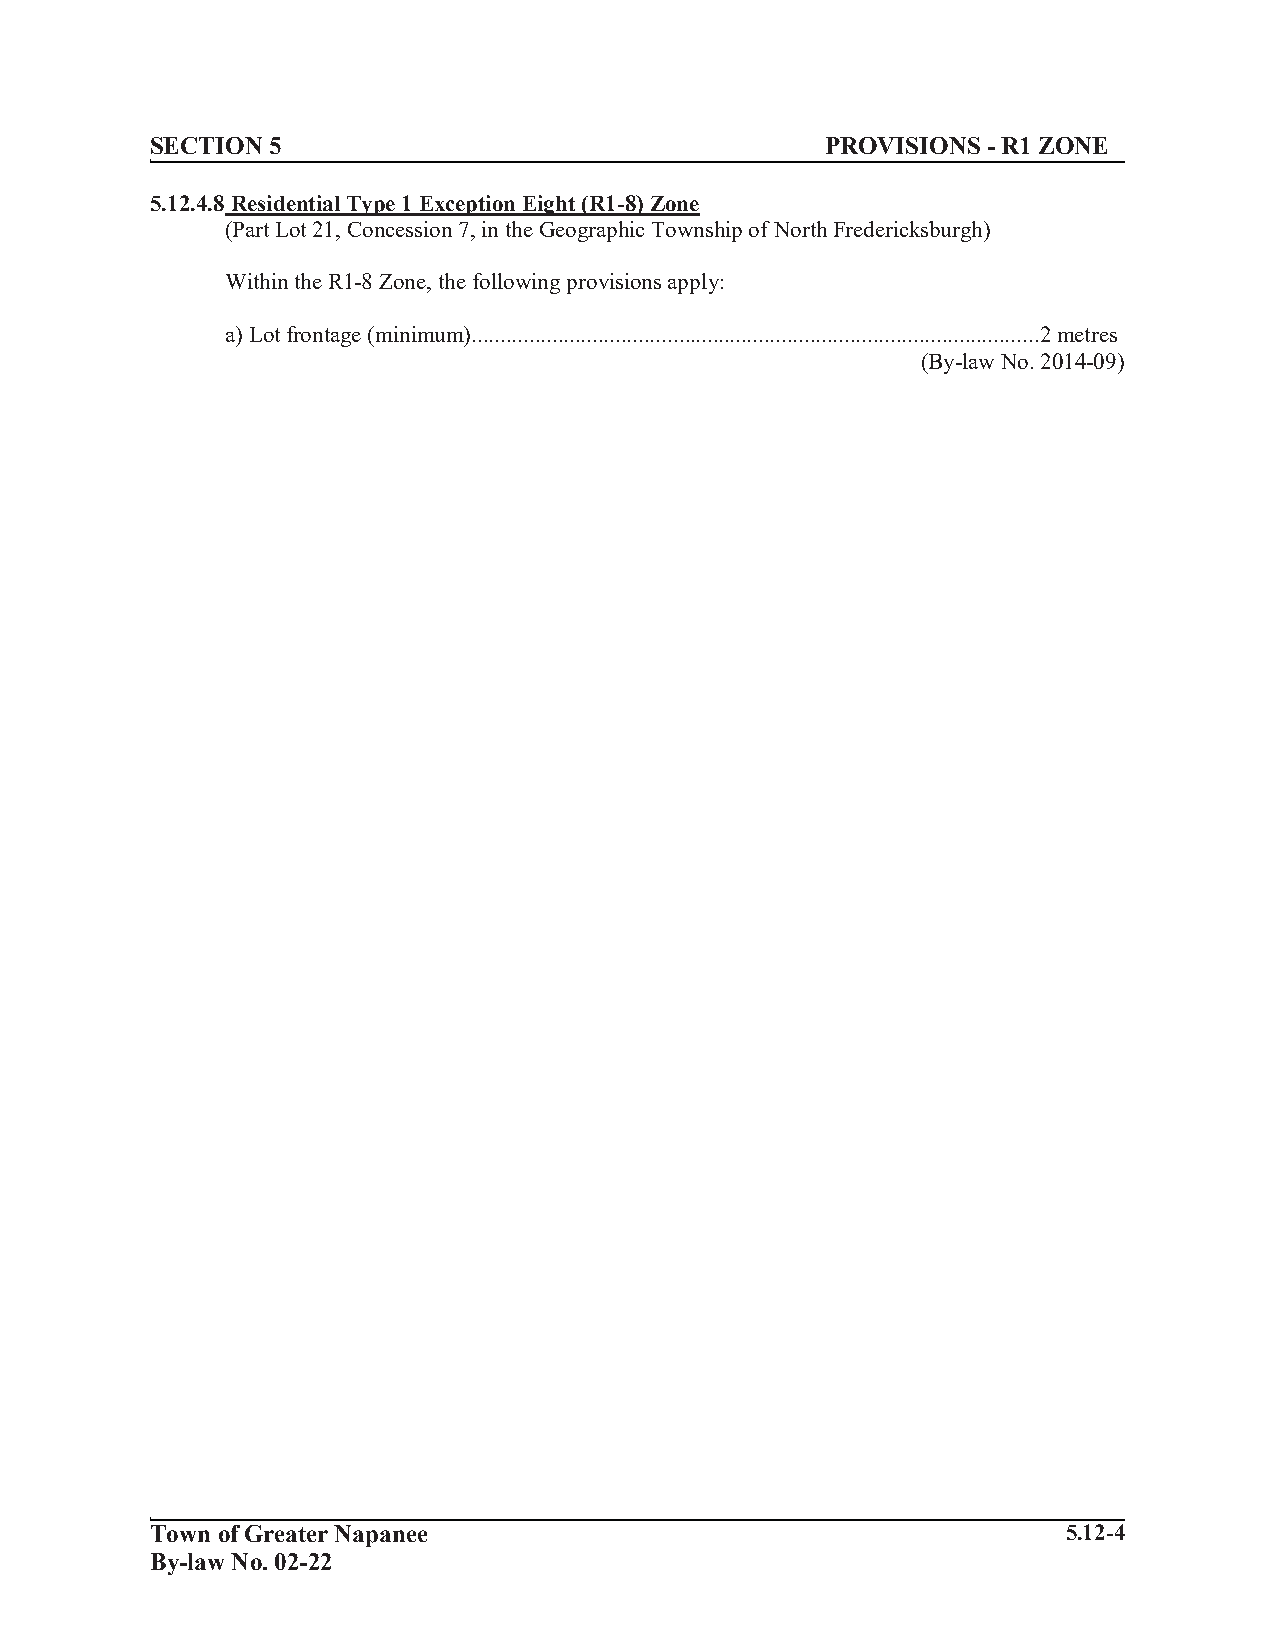
S ECTION 5                                   PROVISIONS - R1 ZONE
 5.12.4.8 Residential Type 1 Exception Eight (R1-8) Zone
 (Part Lot 21, Concession 7, in the Geographic Township of North Fredericksburgh)
 Within the R1-8 Zone, the following provisions apply:
 a) Lot frontage (minimum)...................................................................................................2 metres
 (By-law No. 2014-09)
 Town of Greater Napanee                                      5.12-4
 By-law No. 02-22